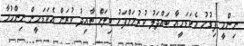
ނިންމީ ފިގުހު އެކަޑަމީއާ ބައްދަލު ކުރުމަށްފަހު ބިލަށް ތާއިދު ކުރަން އެކަޑަމީން ނިންމުމާ